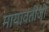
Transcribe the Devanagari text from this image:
मायावतीजी